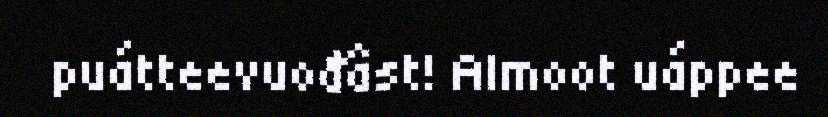
puátteevuođâst! Almoot uáppee